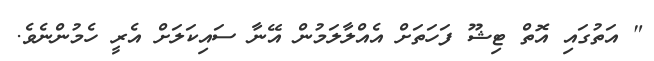
" އަތުގައި އޮތް ޓިޝޫ ފަހަތަށް އެއްލާލަމުން އޭނާ ސައިކަލަށް އެރީ ހެމުންނެވެ.